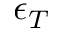
\epsilon _ { T }